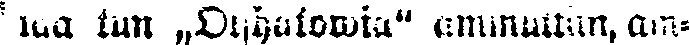
taa kun „Otshatowia" ammuttiin, am-